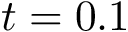
t = 0 . 1